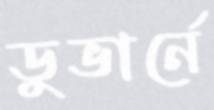
ডুভার্নে